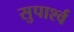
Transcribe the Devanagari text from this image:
सुपार्श्‍व